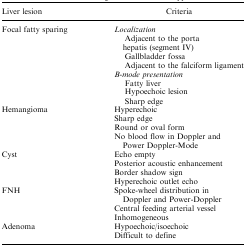
<table><thead><tr><td><b>Liver lesion</b></td><td><b>Criteria</b></td></tr></thead><tbody><tr><td rowspan="8">Focal fatty sparing</td><td><i>Localization</i></td></tr><tr><td> Adjacent to the porta hepatis (segment IV)</td></tr><tr><td> Gallbladder fossa</td></tr><tr><td> Adjacent to the falciform ligament</td></tr><tr><td><i>B</i>-<i>mode presentation</i></td></tr><tr><td> Fatty liver</td></tr><tr><td> Hypoechoic lesion</td></tr><tr><td> Sharp edge</td></tr><tr><td rowspan="4">Hemangioma</td><td>Hyperechoic</td></tr><tr><td>Sharp edge</td></tr><tr><td>Round or oval form</td></tr><tr><td>No blood flow in Doppler and Power Doppler-Mode</td></tr><tr><td rowspan="4">Cyst</td><td>Echo empty</td></tr><tr><td>Posterior acoustic enhancement</td></tr><tr><td>Border shadow sign</td></tr><tr><td>Hyperechoic outlet echo</td></tr><tr><td rowspan="3">FNH</td><td>Spoke-wheel distribution in Doppler and Power-Doppler</td></tr><tr><td>Central feeding arterial vessel</td></tr><tr><td>Inhomogeneous</td></tr><tr><td rowspan="2">Adenoma</td><td>Hypoechoic/isoechoic</td></tr><tr><td>Difficult to define</td></tr></tbody></table>